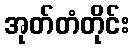
အုတ်တံတိုင်း